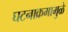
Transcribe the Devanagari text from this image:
घटनाक्रमामुळे